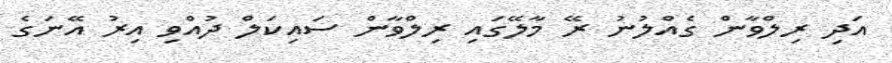
އަދި ރިލްވާން ގެއްލުނު ރޭ މާލޭގައި ރިލްވާން ސައިކަލް ދުއްވި އިރު އޭނަގެ